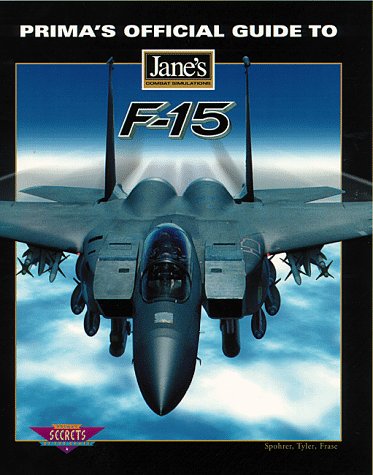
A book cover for F-15: Prima's Official Strategy Guide to; Inc. IMGS; Science Fiction & Fantasy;